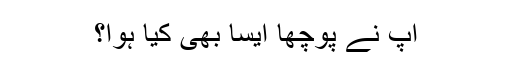
آپؐ نے پوچھا ایسا بھی کیا ہوا؟